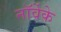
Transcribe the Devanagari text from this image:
नॉर्वेके